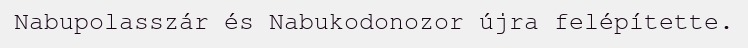
Nabupolasszár és Nabukodonozor újra felépítette.